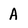
Character: A